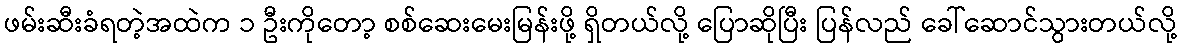
ဖမ်းဆီးခံရတဲ့အထဲက ၁ ဦးကိုတော့ စစ်ဆေးမေးမြန်းဖို့ ရှိတယ်လို့ ပြောဆိုပြီး ပြန်လည် ခေါ်ဆောင်သွားတယ်လို့